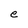
Character: e